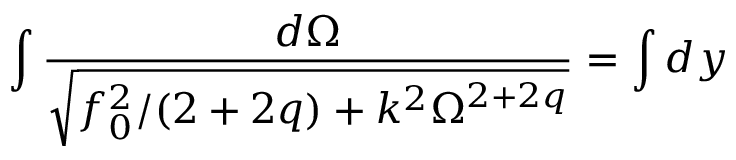
\int \frac { d \Omega } { \sqrt { f _ { 0 } ^ { 2 } / ( 2 + 2 q ) + k ^ { 2 } \Omega ^ { 2 + 2 q } } } = \int d y